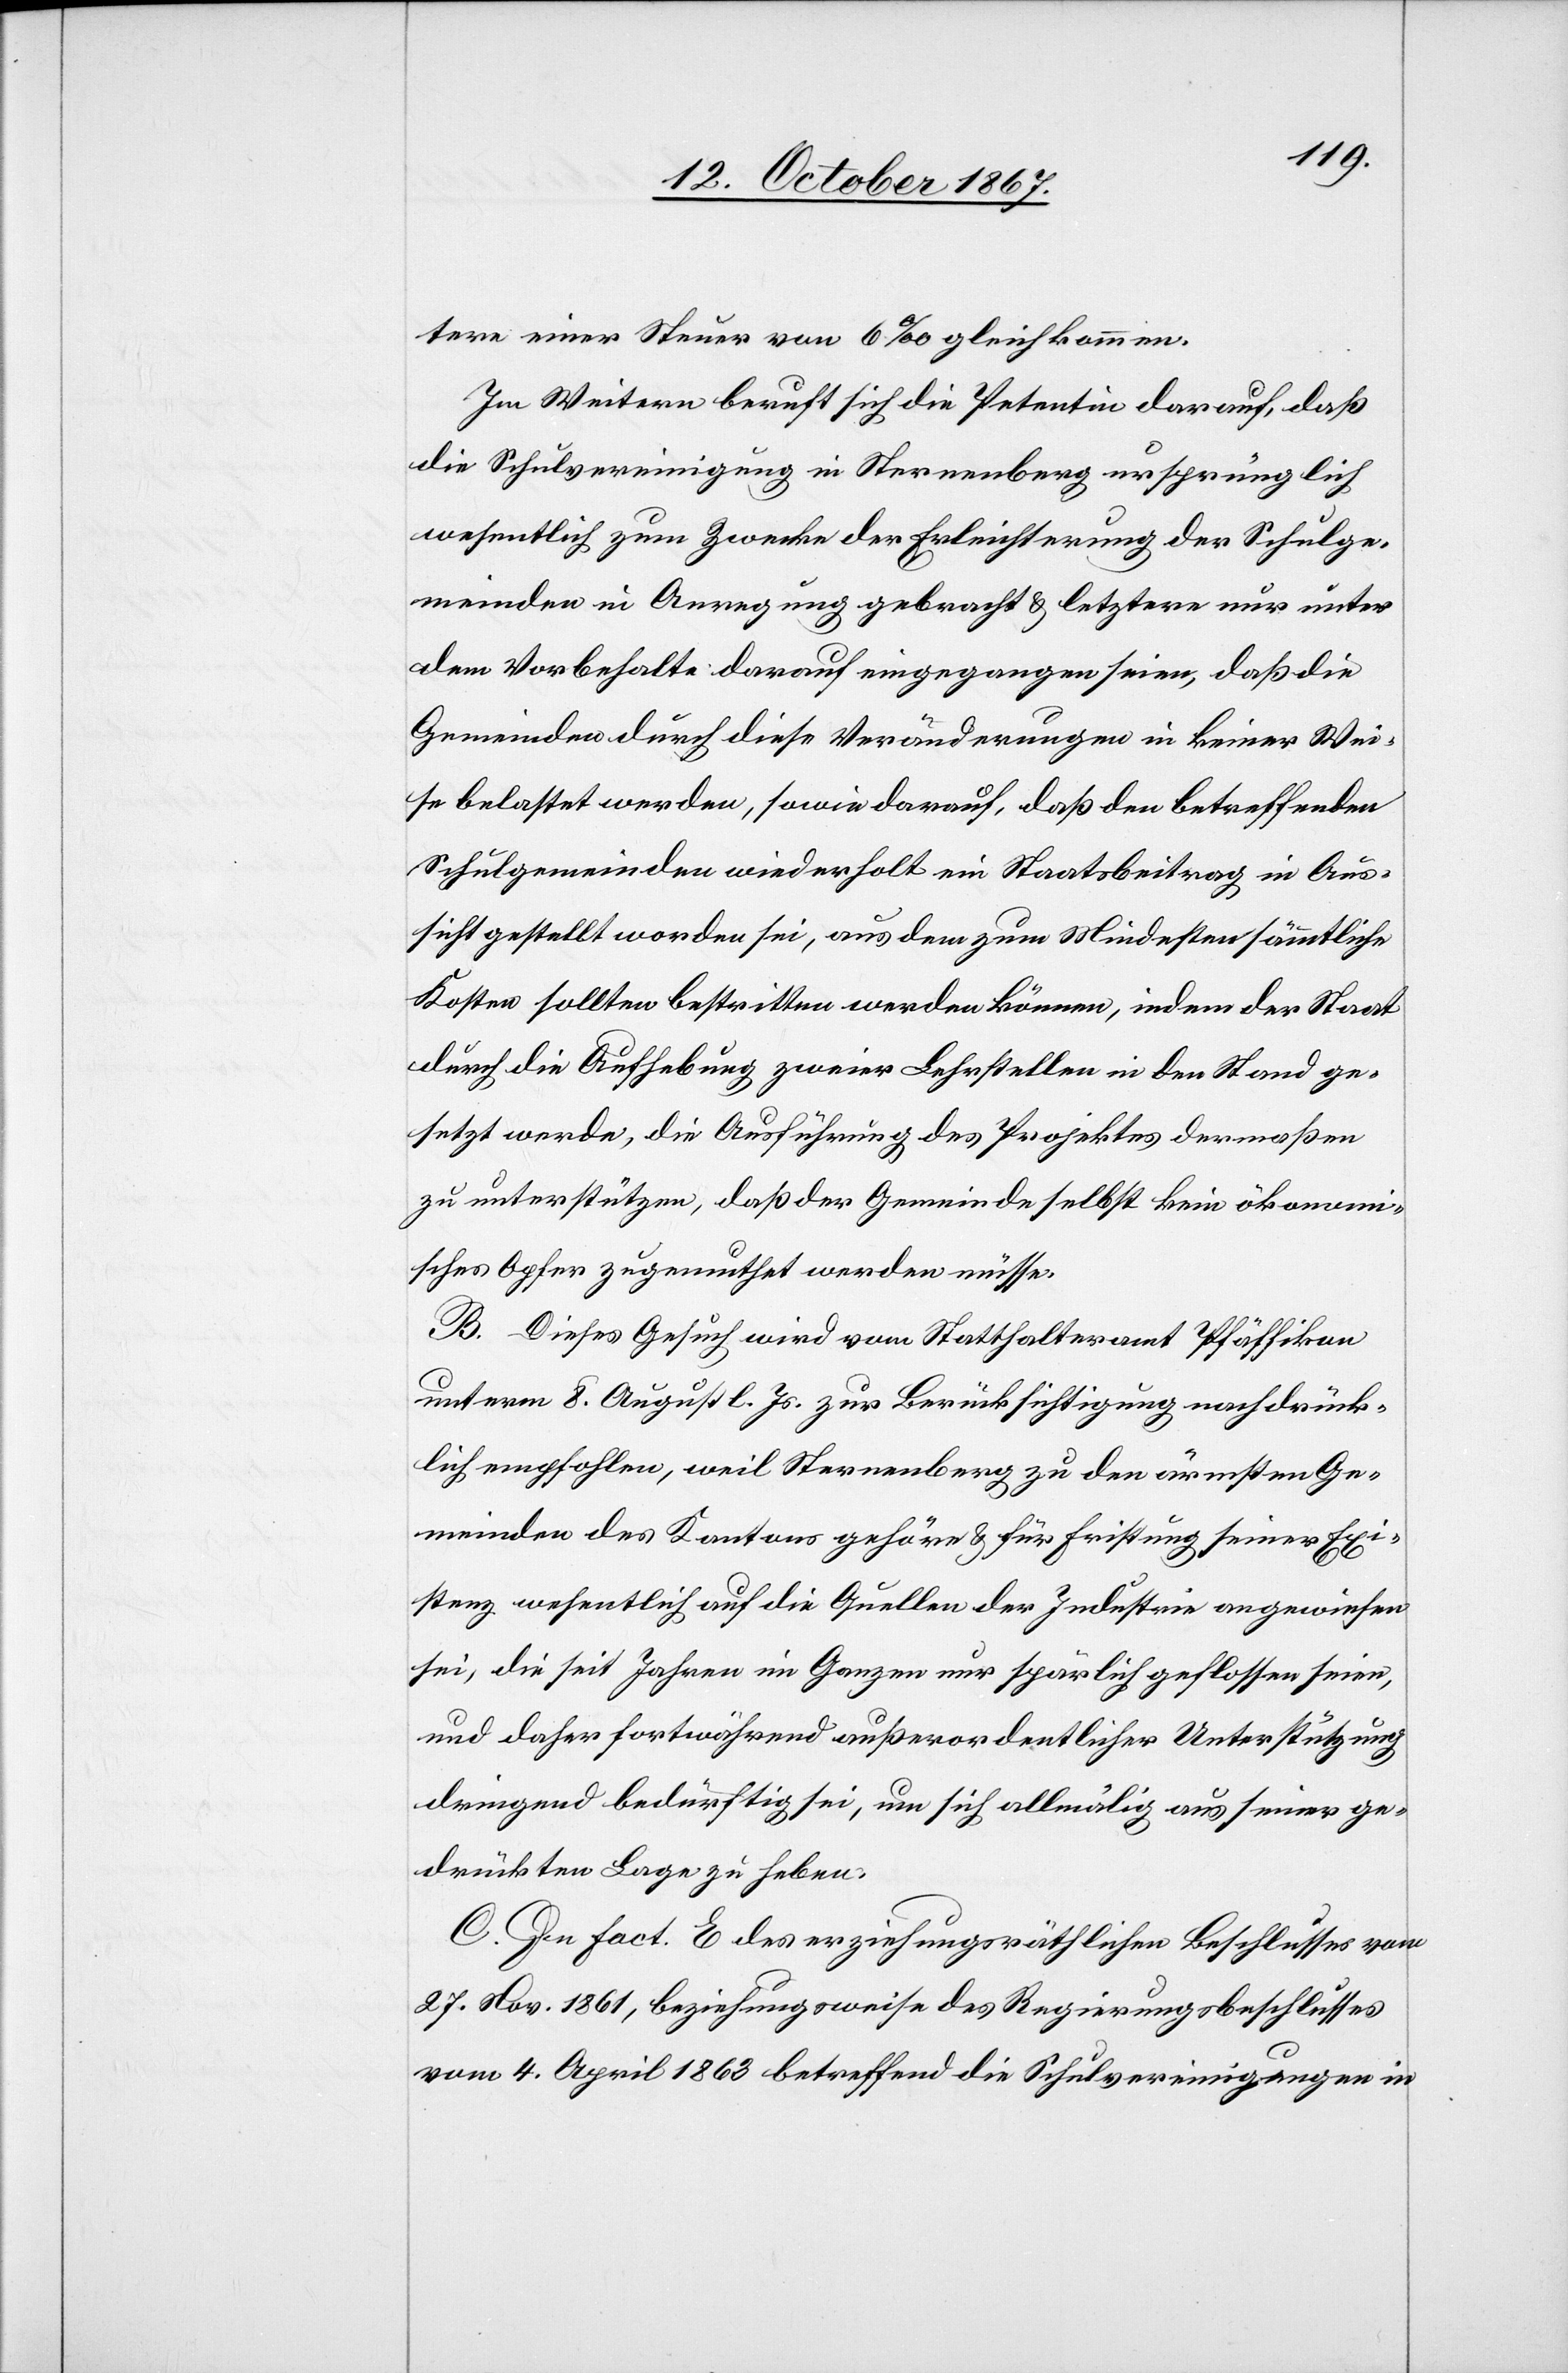
tere einer Steuer von 6 ‰ gleichkommen.
Im Weitern beruft sich die Petentin darauf, daß
die Schulvereinigung in Sternenberg ursprünglich
wesentlich zum Zwecke der Erleichterung der Schulge¬
meinden in Anregung gebracht u. letztere nur unter
dem Vorbehalte darauf eingegangen seien, daß die
Gemeinden durch diese Veränderungen in keiner Wei¬
se belastet werden, sowie darauf, daß den betreffenden
Schulgemeinden wiederholt ein Staatsbeitrag in Aus¬
sicht gestellt worden sei, aus dem zum Mindesten sämmtliche
Kosten sollten bestritten werden können, indem der Staat
durch die Aufhebung zweier Lehrstellen in den Stand ge¬
setzt werde, die Ausführung des Projektes dermaßen
zu unterstützen, daß der Gemeinde selbst kein ökonomi¬
sches Opfer zugemuthet werden müsse.
B. Dieses Gesuch wird vom Statthalteramt Pfäffikon
unterm 8. August l. Js. zur Berücksichtigung nachdrück¬
lich empfohlen, weil Sternenberg zu den ärmsten Ge¬
meinden des Kantons gehöre u. für Fristung seiner Exi¬
stenz wesentlich auf die Quellen der Industrie angewiesen
sei, die seit Jahren im Ganzen nur spärlich geflossen seien,
und daher fortwährend außerordentlicher Unterstützung
dringend bedürftig sei, um sich allmälig aus seiner ge¬
drückten Lage zu heben.
C. In Fact. E des erziehungsräthlichen Beschlusses vom
27. Nov. 1861, beziehungsweise des Regierungsbeschlusses
vom 4. April 1863 betreffend die Schulvereinigungen in